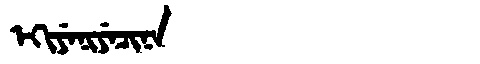
Manchu: ᡝᡴᡳᠶᡝᠨᡳᠶᡝᠴᡳᠨᠠ
Romanization: EKIYENIYECINA